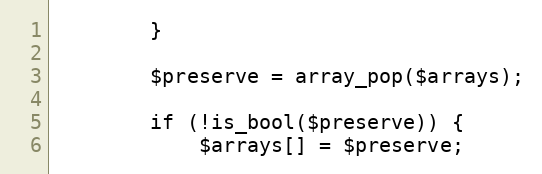
Language: PHP
        }

        $preserve = array_pop($arrays);

        if (!is_bool($preserve)) {
            $arrays[] = $preserve;